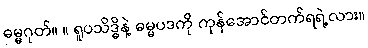
ဓမ္မဂုတ်။ ။ ရူပသိဒ္ဓိနဲ့ ဓမ္မပဒကို ကုန်အောင်တက်ရရဲ့လား။